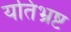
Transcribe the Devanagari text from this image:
यतिभ्रष्ट